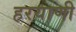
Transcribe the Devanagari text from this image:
हरयाणी